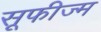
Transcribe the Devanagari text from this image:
सूफीज्म